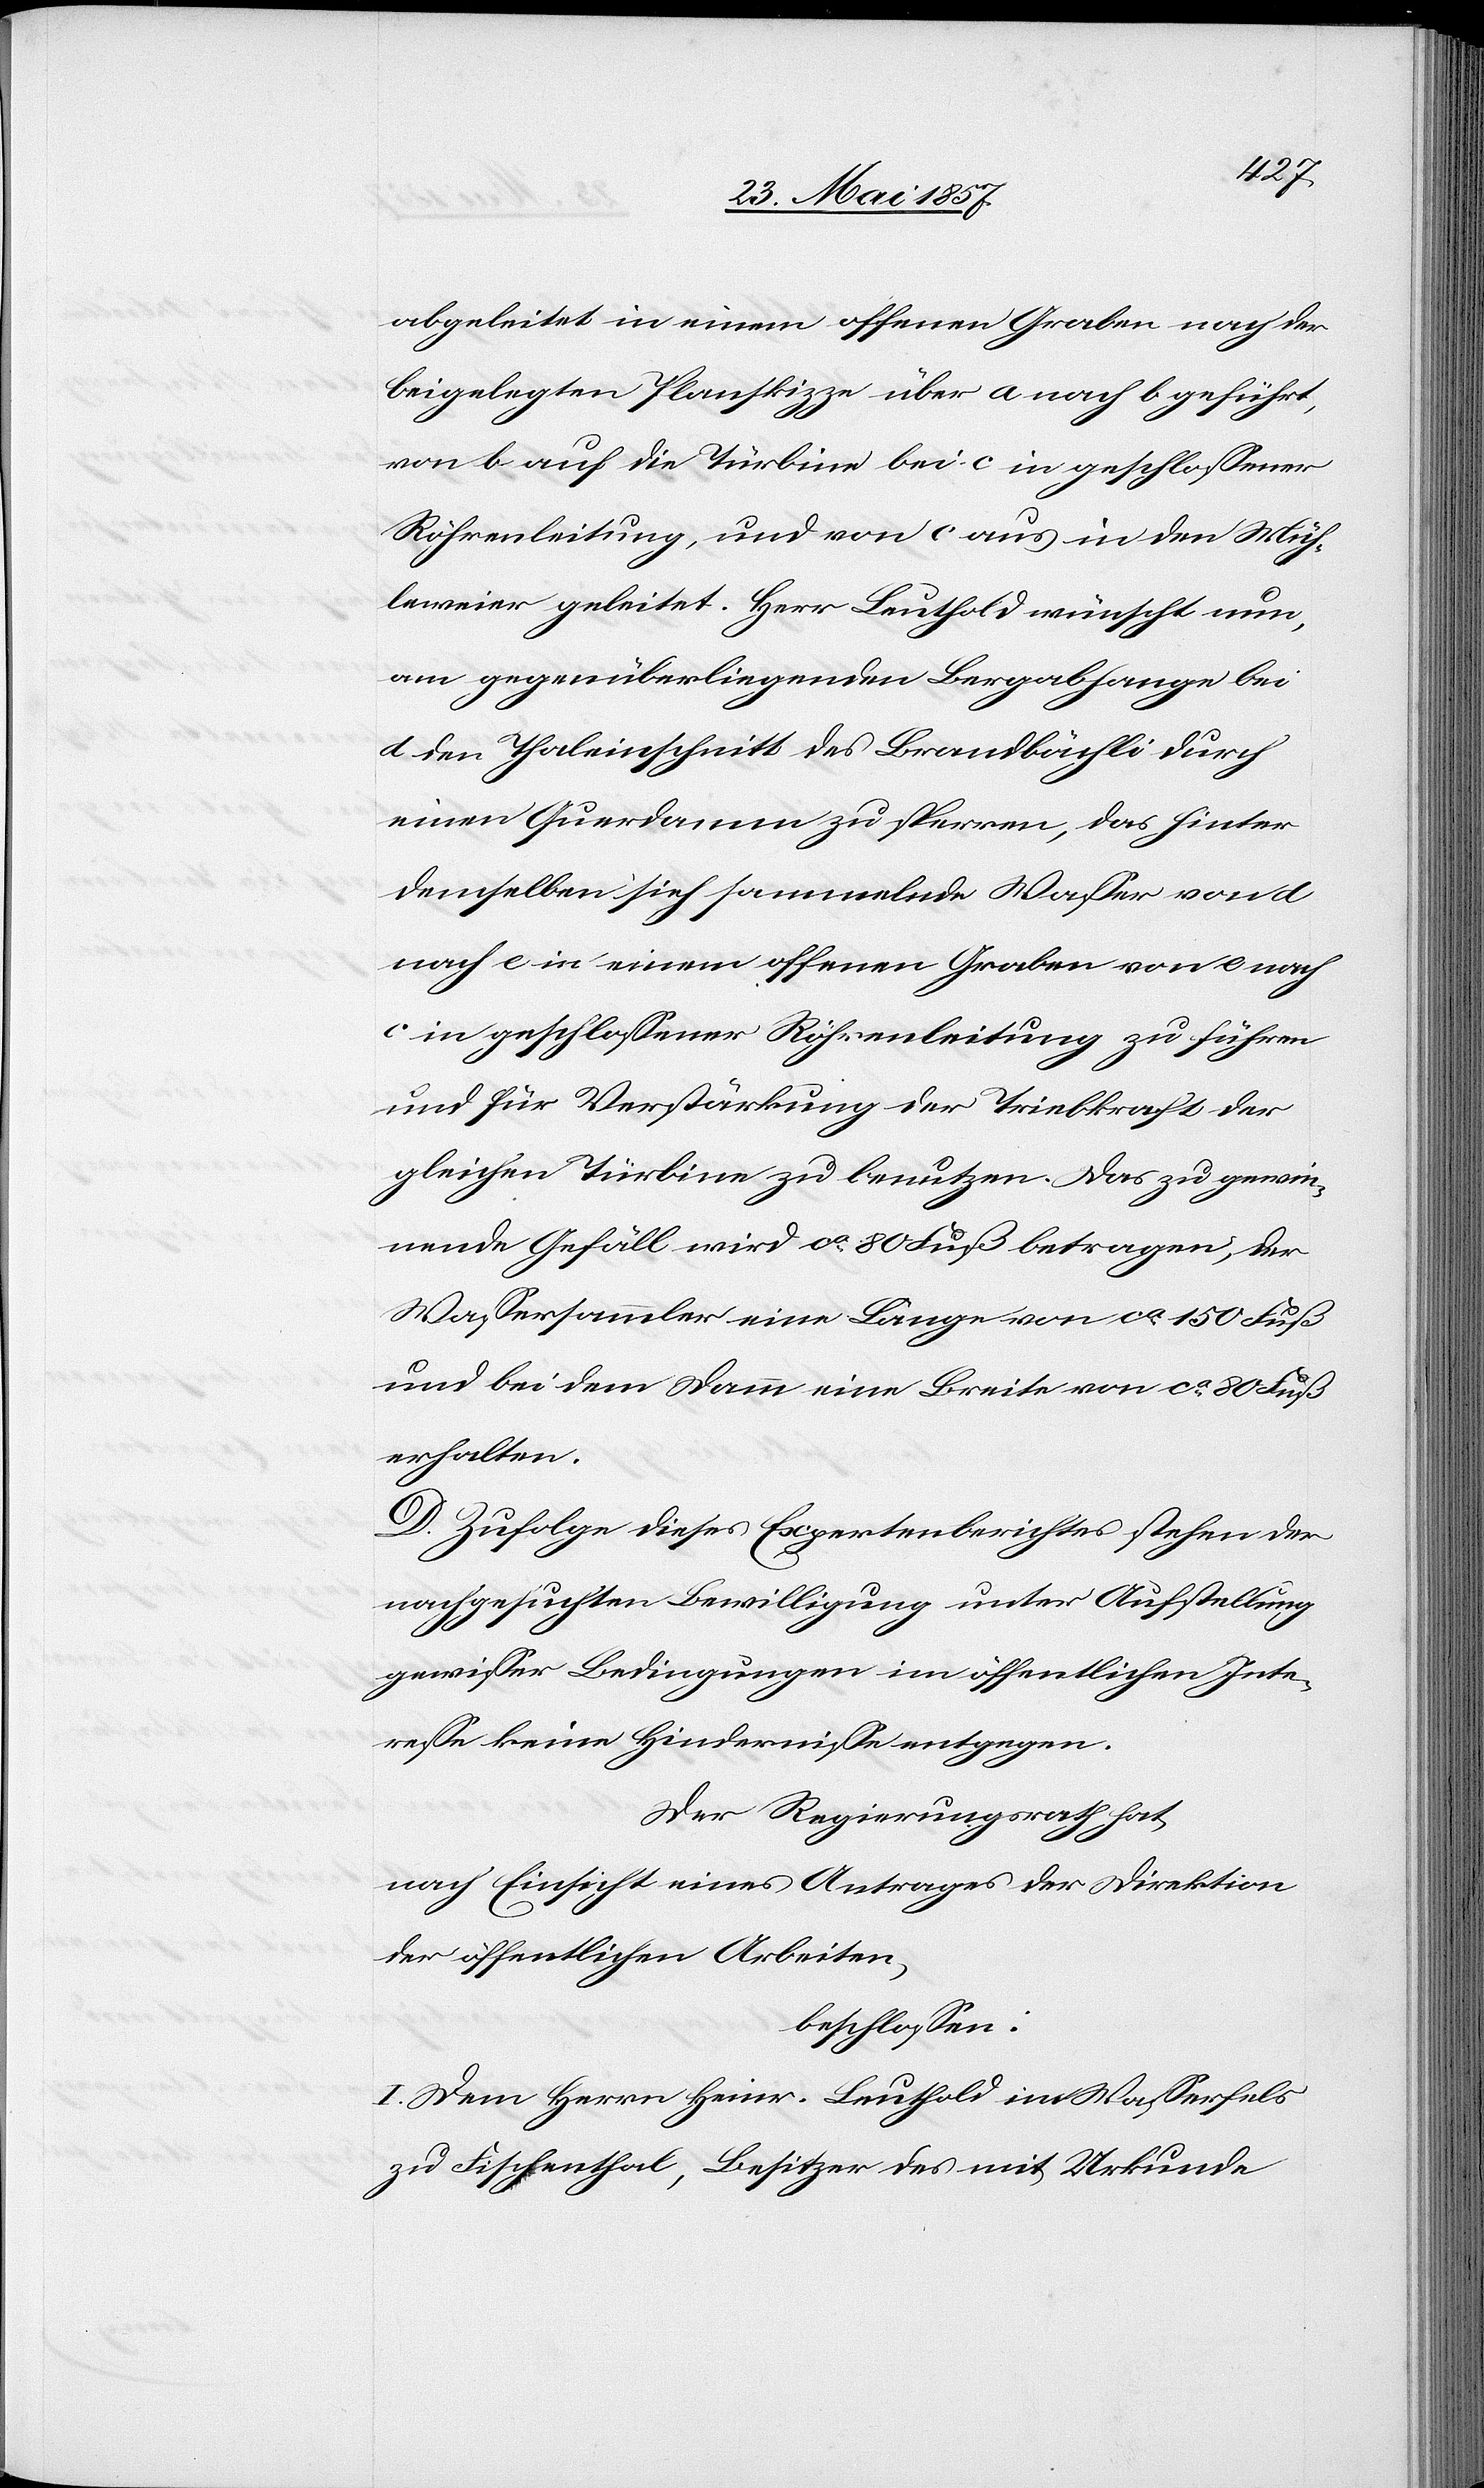
abgeleitet in einem offenen Graben nach der
beigelegten Planskizze über a nach b geführt,
von b auf die Türbine [sic!] bei c in geschlossener
Röhrenleitung, und von c aus in den Müh¬
leweier geleitet. Herr Leuthold wünscht nun,
am gegenüberliegenden Bergabhange bei
d den Thaleinschnitt des Brandbächli durch
einen Querdamm zu sperren, das hinter
demselben sich sammelnde Wasser von d
nach e in einem offenen Graben von e nach
c in geschlossener Röhrenleitung zu führen
und für Verstärkung der Triebkraft der
gleichen Türbine zu benutzen. Das zu gewin¬
nende Gefäll wird ca 80 Fuß betragen, der
Wassersammler eine Länge von ca 150 Fuß
und bei dem Damm eine Breite von ca 80 Fuß
erhalten.
D. Zufolge dieses Expertenberichtes stehen der
nachgesuchten Bewilligung unter Aufstellung
gewisser Bedingungen im öffentilchen Inte¬
resse keine Hindernisse entgegen.
Der Regierungsrath hat,
nach Einsicht eines Antrages der Direktion
der öffentlichen Arbeiten,
beschlossen:
I. Dem Herrn Heinr. Leuthold im Wasserfels
zu Fischenthal, Besitzer des mit Urkunde